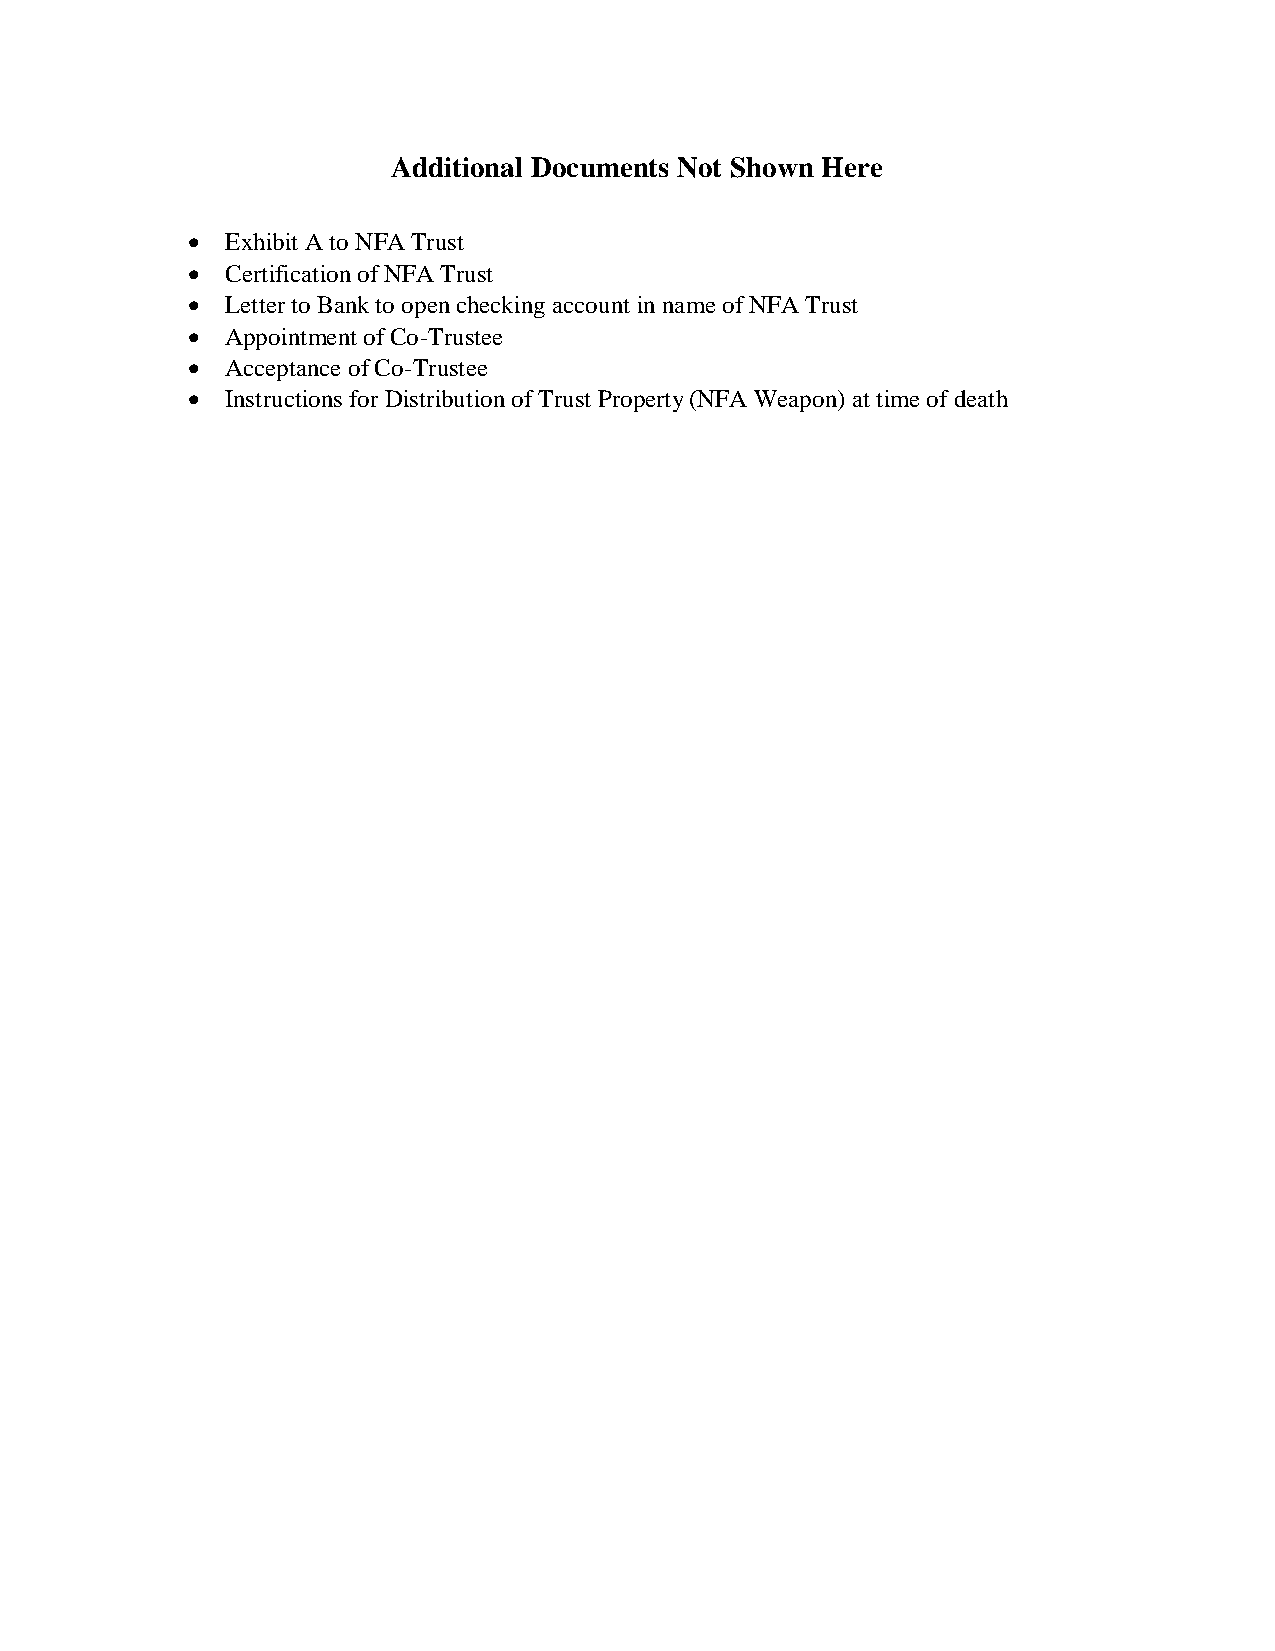
Additional Documents Not Shown Here
   Exhibit A to NFA Trust
   Certification of NFA Trust
   Letter to Bank to open checking account in name of NFA Trust
   Appointment of Co-Trustee
   Acceptance of Co-Trustee
   Instructions for Distribution of Trust Property (NFA Weapon) at time of death